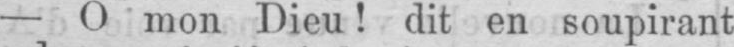
- O mon Dieu! dit en soupirant